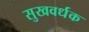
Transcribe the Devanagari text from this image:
सुखवर्धक